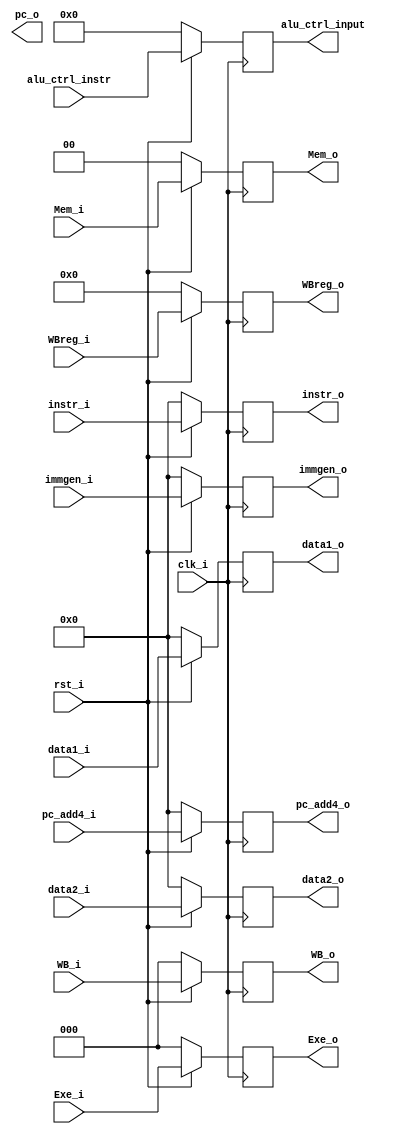
/***************************************************
Student Name:_
Student ID: group10_0711099_0810749
***************************************************/

module EXE_register (clk_i, rst_i, instr_i, WB_i, Mem_i, Exe_i, data1_i, data2_i, immgen_i, alu_ctrl_instr, WBreg_i,pc_add4_i,pc_o, instr_o, WB_o, Mem_o, Exe_o,  data1_o, data2_o, immgen_o, alu_ctrl_input, WBreg_o,pc_add4_o);

	input clk_i;
	input rst_i;
	input [31:0] instr_i;
	input [2:0] WB_i;
	input [1:0] Mem_i	;
	input [2:0] Exe_i;
	input [31:0] data1_i;
	input [31:0] data2_i;
	input [31:0] immgen_i;
	input [3:0] alu_ctrl_instr;
	input [4:0] WBreg_i;
	input [31:0] pc_add4_i;

	output reg [31:0] pc_o;
	output reg [31:0] instr_o;
	output reg [2:0] WB_o;
	output reg [1:0] Mem_o;
	output reg [2:0] Exe_o;
	output reg [31:0] data1_o;
	output reg [31:0] data2_o;
	output reg [31:0] immgen_o;
	output reg [3:0] alu_ctrl_input;
	output reg [4:0] WBreg_o;
	output reg [31:0] pc_add4_o;

always @(posedge clk_i) begin
	if(~rst_i) begin  //reset
		instr_o <= 0;
		WB_o <= 0;
		Mem_o <= 0;
		Exe_o <= 0;
		data1_o <= 0;
		data2_o <= 0;
		immgen_o <= 0;
		alu_ctrl_input <= 0;
		WBreg_o <= 0;
		pc_add4_o <= 0;
	end
	else begin
		instr_o <= instr_i;
		WB_o <= WB_i;
		Mem_o <= Mem_i;
		Exe_o <= Exe_i;
		data1_o <= data1_i;
		data2_o <= data2_i;
		immgen_o <= immgen_i;
		alu_ctrl_input <= alu_ctrl_instr;
		WBreg_o <= WBreg_i;
		pc_add4_o <= pc_add4_i;
	end
end


endmodule